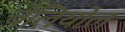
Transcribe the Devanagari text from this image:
बेलियोल